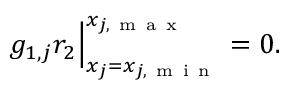
\begin{array} { r } { g _ { 1 , j } r _ { 2 } \Big | _ { x _ { j } = x _ { j , \mathrm { ~ m ~ i ~ n ~ } } } ^ { x _ { j , \mathrm { ~ m ~ a ~ x ~ } } } = 0 . } \end{array}